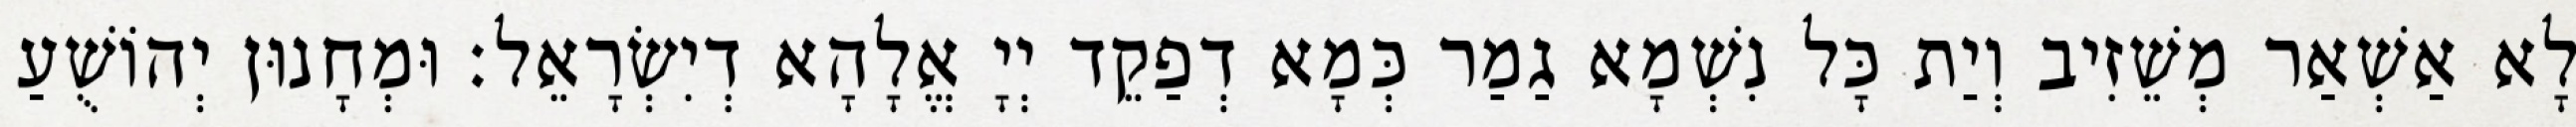
לָא אַשְׁאַר מְשֵׁזִיב וְיַת כָּל נִשְׁמָא גַמַר כְּמָא דְפַקֵד יְיָ אֱלָהָא דְיִשְׂרָאֵל׃ וּמְחָנוּן יְהוֹשֻׁעַ